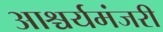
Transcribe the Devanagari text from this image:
आश्चर्यमंजरी